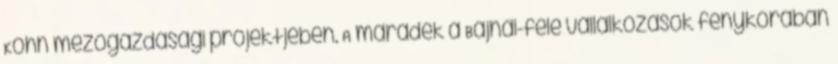
Kohn mezőgazdasági projektjében. A maradék a Bajnai-féle vállalkozások fénykorában